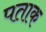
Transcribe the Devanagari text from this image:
पताक